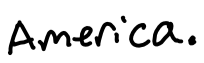
Text: America.
Cross-out: clean
Writing tool: digital_black